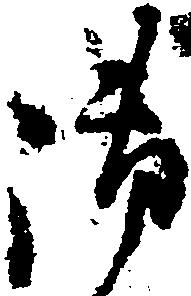
御